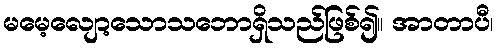
မမေ့လျော့သောသဘောရှိသည်ဖြစ်၍။ အာတာပီ၊